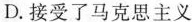
D.接受了马克思主义